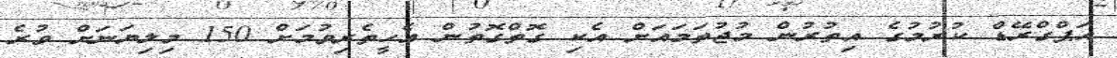
އަޕްގްރޭޑް ކުރުމުގެ އިތުރުން މުޖުތަމައަށް އެކި ގޮތްގޮތުން އެހީތެރިވުމަށް 150 މިލިޔަނަށް ވުރެ